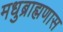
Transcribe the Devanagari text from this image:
मधुब्राह्मणास